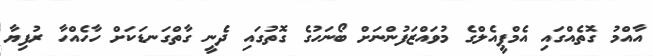
އާއްމު ގޮތެއްގައި އެމްޕީއެލްގެ މުވައްޒަފުންނަށް ބޯނަހުގެ ގޮތުގައި ދެނީ ގާތްގަނޑަކަށް ހާހެއްހާ ރުފިޔާ